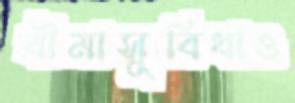
বীমাসুবিধাও